system: You are a helpful assistant.
user:
Analyze the provided spectrum to determine if it is a **M-type Giant (gM)**.

A M-type Giant spectrum is defined by its **strong molecular absorption** features, particularly from **Titanium Oxide (TiO)**. You must check for one of the following mutually exclusive signatures:

- **Key Visual Indicators (Absorption-Dominated Spectrum):**

    - **(Primary):** The spectrum is dominated by strong molecular absorption from **Titanium Oxide (TiO)**. This is the **defining feature** of its M-type temperature class.
        - **(Key Bandheads):** Look for sharp, "saw-tooth" absorption valleys. The strongest are located near **~7050 Å**, **~6160 Å**, and **~5170 Å**.
        - **(Line Profile):** The "saw-tooth" morphology is critical: a **sharp, steep drop on the BLUE (short-wavelength) side** of the bandhead, followed by a gradual recovery (rising flux) towards the RED (long-wavelength) side.

    - **(Key Confirmation - Giant vs. Dwarf):** **ABSENCE** of strong **Calcium Hydride (CaH)** molecular bands. This is the primary diagnostic for *excluding* M-dwarfs.
        - **(Key Region):** The spectrum should lack the strong, broad absorption band seen in dwarfs between **~6800 Å and ~7000 Å**.

    - **(Secondary Confirmation - Giant):** A very strong and broad **Neutral Calcium (Ca I)** atomic absorption line.
        - **(Key Line):** Located at **~4226 Å**. In a giant (gM), this line is significantly deeper and broader than the same line in an M-dwarf (dM) due to low surface gravity.

    - **(Overall Spectrum):**
        - The continuum is **extremely red-sloping** (i.e., flux is very low in the blue and rises dramatically towards the red).
        - The entire spectrum appears "chopped up" by the deep TiO bands.

Think first, call **spectral_visualization_tool** if needed to examine features in detail, then provide your final answer. Your response must adhere to the following strict rules:
1.  **Overall Structure:** Your response must follow the format `<think>...</think> <tool_call>...</tool_call> (if a tool is used) <answer>...</answer>`.
2.  **Tool Usage Constraint:** You may only make **one** tool call per turn.
3.  **Final Answer Format:** In the `<answer>` tag, your conclusion must be inside a `\boxed{}` command (e.g., `\boxed{YES}` or `\boxed{NO}`), followed by your justification.

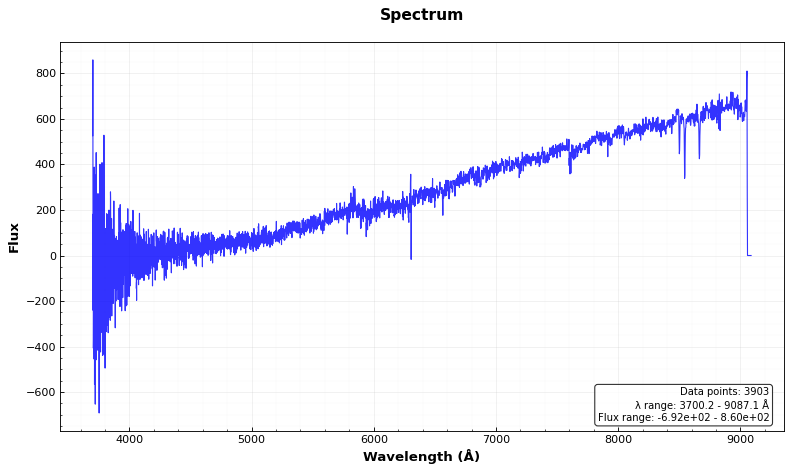
Answer: NO